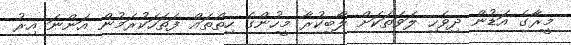
މީރާގެ އަޑުން ދިވެހި ލަވަތަކަށް ލޯބިކުރާ މީހުންގެ ހިތްތައް ފަތަހަކުރަމުން އަންނަ އިރު